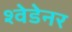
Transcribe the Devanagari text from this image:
श्वेडेनर